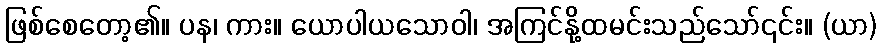
ဖြစ်စေတော့၏။ ပန၊ ကား။ ယောပါယသောဝါ၊ အကြင်နို့ထမင်းသည်သော်၎င်း။ (ယာ)